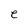
Character: e